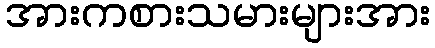
အားကစားသမားများအား